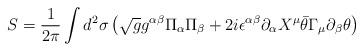
LaTeX: \begin{align*}S=\frac{1}{2\pi}\int d^2\sigma \left ( \sqrt{g}g^{\alpha\beta}\Pi_{\alpha}\Pi_{\beta}+2i\epsilon^{\alpha\beta}\partial_{\alpha}X^{\mu}\bar{\theta}\Gamma_{\mu}\partial_{\beta}\theta\right )\end{align*}